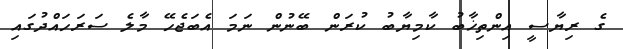
ގެ ރިޔާސީ އިންތިޚާބު ކާމިޔާބު ކުރަން ބޭނުން ނަމަ އެބަޖެހޭ މާލެ ސަރަހައްދުގައި